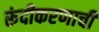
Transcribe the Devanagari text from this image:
रूंदीकरणाची